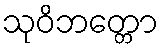
သုဝိဘတ္တော